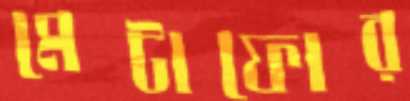
মেটাফোর